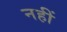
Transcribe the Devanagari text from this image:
नहीं